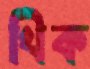
খিক